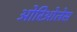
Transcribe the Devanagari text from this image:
ओरिओलेस